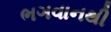
ભગવાનથી